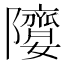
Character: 𨽘